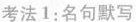
考法1：名句默写